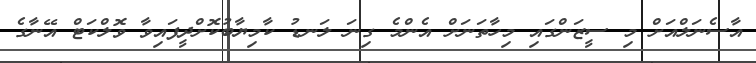
އާސެނަލްއަށް މި ސީޒަންގައި މިހާތަނަށް އެންމެ ގިނަ ލަނޑު ކާމިޔާބުކޮށްދީފައިވާ ވޮލްކަޓް އޭނާގެ